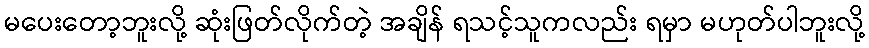
မပေးတော့ဘူးလို့ ဆုံးဖြတ်လိုက်တဲ့ အချိန် ရသင့်သူကလည်း ရမှာ မဟုတ်ပါဘူးလို့